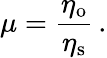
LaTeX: \mu=\frac{\eta_{\mathrm{o}}}{\eta_{\mathrm{s}}}\, .